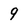
Character: 9